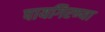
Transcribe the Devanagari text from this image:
पायगिरण्या